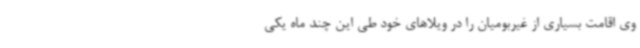
وی اقامت بسیاری از غیربومیان را در ویلاهای خود طی این چند ماه یکی